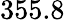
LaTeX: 355.8